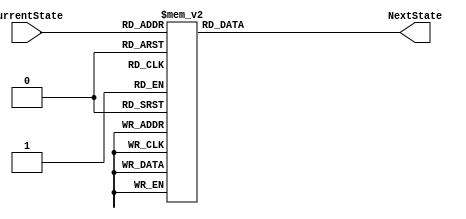
module NSL(
    input [3:0] CurrentState,
    output reg [3:0] NextState
);
parameter ZERO = 4'b0000;
parameter ONE = 4'b0001;
parameter TWO = 4'b0010;
parameter THREE = 4'b0011;
parameter FOUR = 4'b0100;
parameter FIVE = 4'b0101;
parameter SIX = 4'b0110;
parameter SEVEN = 4'b0111;
parameter EIGHT = 4'b1000;

always@(*)
begin
    case(CurrentState)
        ZERO : NextState = ONE;
        ONE : NextState = TWO;
        TWO : NextState = THREE;
        THREE : NextState = FOUR;
        FOUR : NextState = FIVE;
        FIVE : NextState = SIX;
        SIX : NextState = SEVEN;
        SEVEN : NextState = EIGHT;
        EIGHT: NextState = ZERO;
        default: NextState = ZERO;
    endcase
end


endmodule